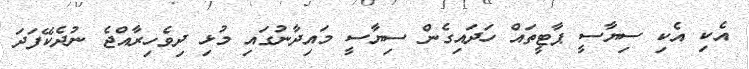
އެކި އެކި ސިޔާސީ ޕާޓީތައް ހަދައިގެން ސިޔާސީ މައިދާނުގައި މުޅި ދިވެހިރާއްޖެ ނުދެކޭފަދަ